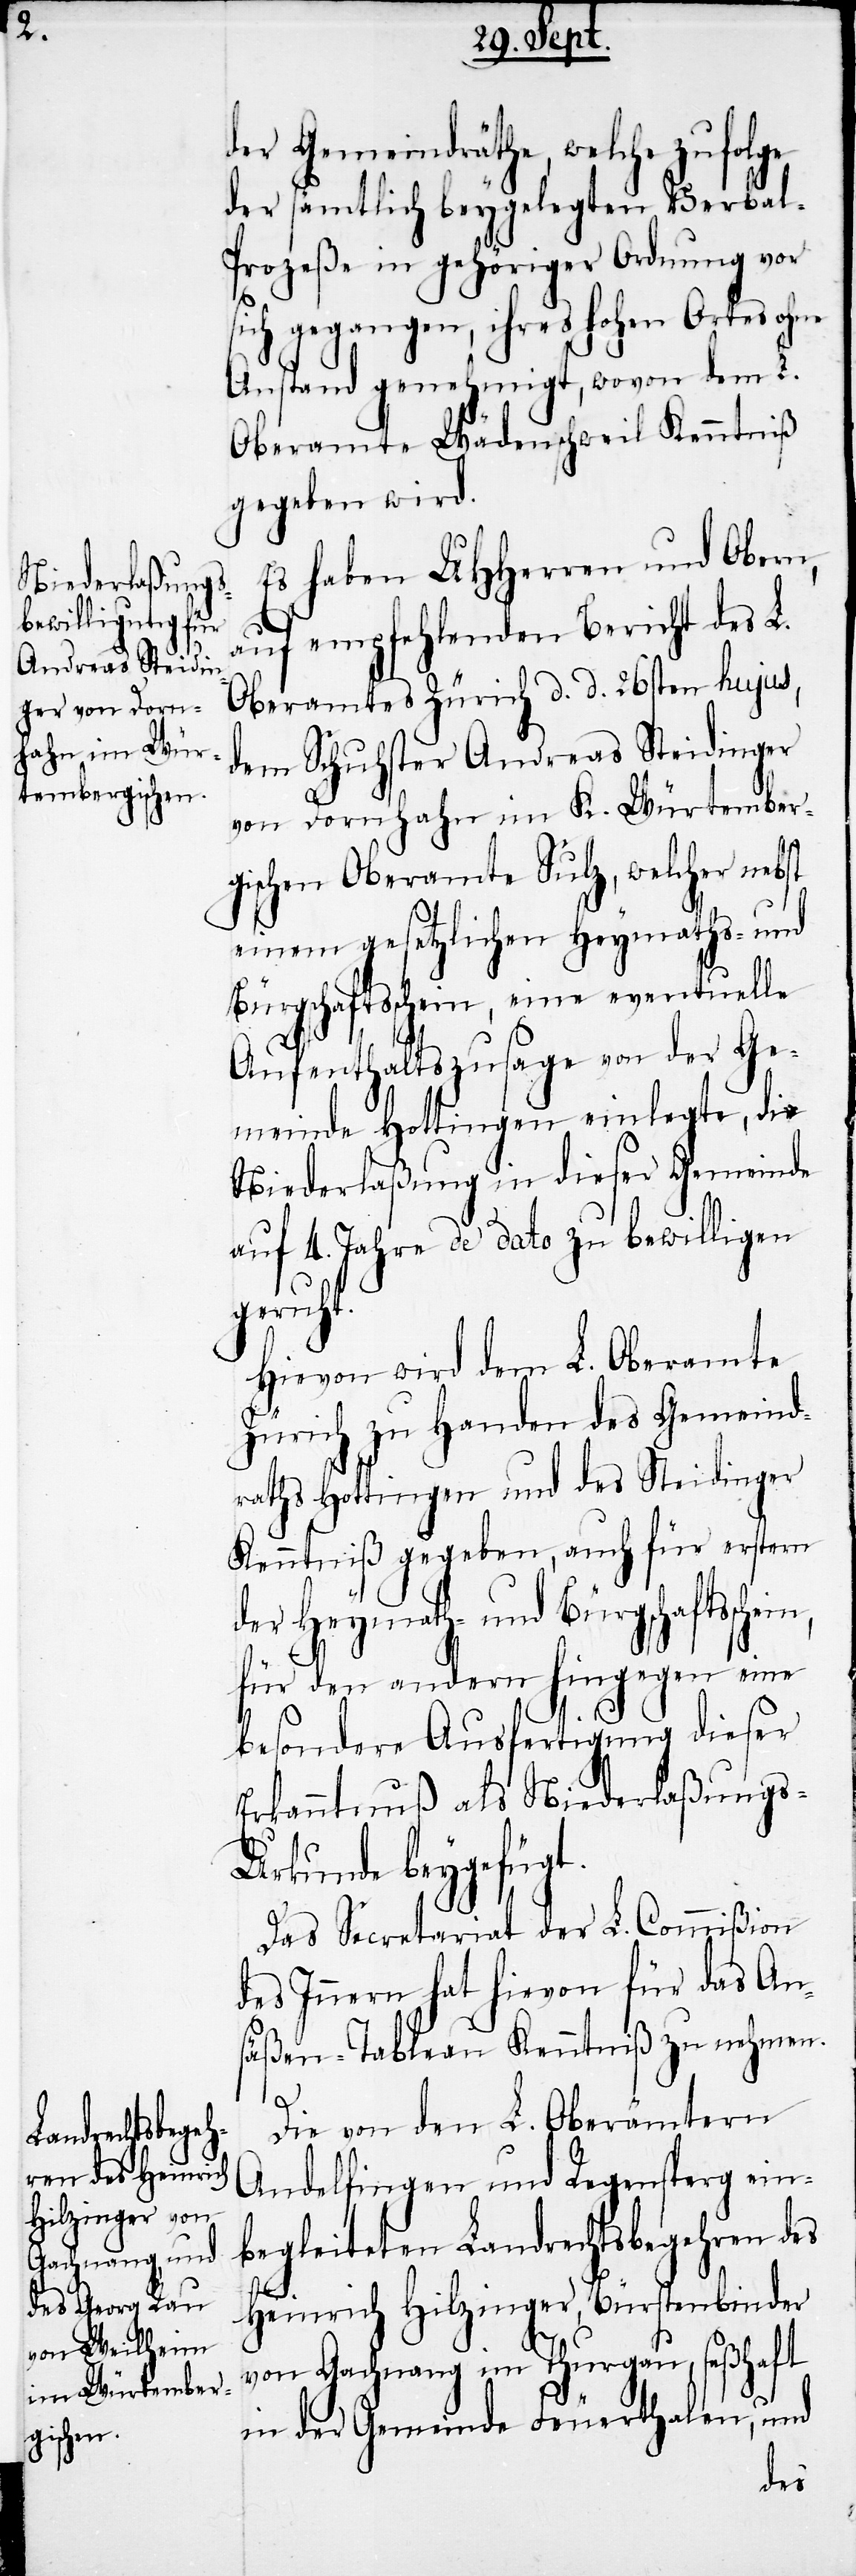
der Gemeindräthe, welche zufolge
der sämtlich beygelegten Verbal-P¬
rozeße in gehöriger Ordnung vor
sich gegangen, ihres hohen Ortes ohne
Anstand genehmigt, wovon dem L.
Oberamte Wädenschweil Kenntniß
gegeben wird.
Es haben UHHerren und Obern,
auf empfehlenden Bericht des L.
Oberamtes Zürich d. d. 26sten hujus,
dem Schuhster Andreas Steidinger
von Dornhahn im K. Würtember¬
gischen Oberamte Sulz, welcher nebst
einem gesetzlichen Heymaths- und
Bürgschaftsschein, eine eventuelle
Aufenthaltszusage von der Ge¬
meinde Hottingen einlegte, die
Niederlaßung in dieser Gemeinde
auf 4. Jahre de dato zu bewilligen
ein,
Hievon wird dem L. Oberamte
Zürich zu Handen des Gemeind¬
raths Hottingen und des Steidinger
Kenntniß gegeben, auch für erstern
der Heymath- und Bürgschaftssch¬
für den andern hingegen eine
besondere Ausfertigung dieser
Erkanntnuß als Niederlaßungs-U¬
rkunde beygefügt.
Das Secretariat der L. Commißion
des Innern hat hievon für das An¬
säßen-Tableau Kenntniß zu nehmen.
Die von den L. Oberämtern
Andelfingen und Regensperg ein¬
begleiteten Landrechtsbegehren des
Heinrich Hilzinger, Bürstenbinder
von Gachnang im Thurgau, seßhaft
in der Gemeinde Feuerthalen, und